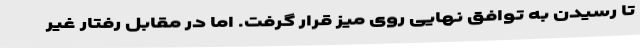
تا رسیدن به توافق نهایی روی میز قرار گرفت. اما در مقابل رفتار غیر